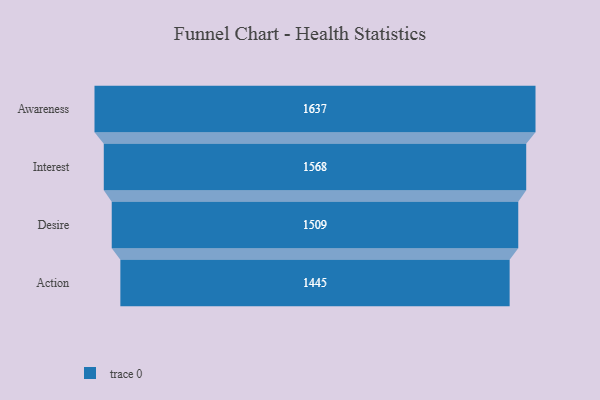
{"axis": {"x": "Stage", "y": "Value"}, "legend": [""], "data": [{"x": "Awareness", "y": 1637.0, "type": ""}, {"x": "Interest", "y": 1568.0, "type": ""}, {"x": "Desire", "y": 1509.0, "type": ""}, {"x": "Action", "y": 1445.0, "type": ""}]}